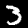
Label: 3